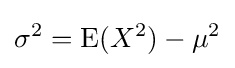
\sigma ^{2}=\operatorname {E} (X^{2})-\mu ^{2}